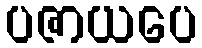
ပဇာယပေ